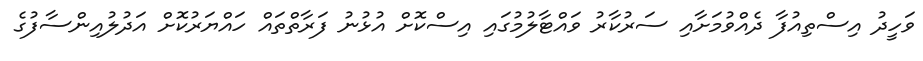
ވަހީދު އިސްތިއުފާ ދެއްވުމަށާއި ސަރުކާރު ވައްޓާލުމުގައި އިސްކޮށް އުޅުނު ފަރާތްތައް ހައްޔަރުކޮށް އަދުލުއިންސާފުގެ